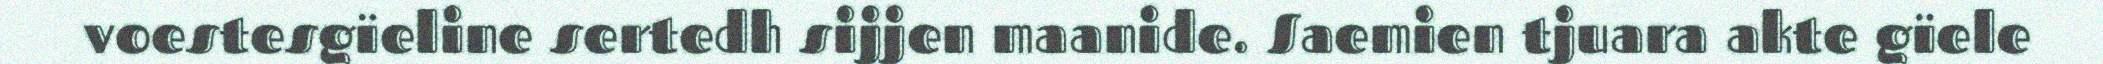
voestesgïeline sertedh sijjen maanide. Saemien tjuara akte gïele